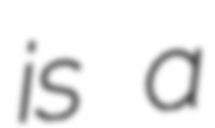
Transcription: is a